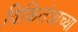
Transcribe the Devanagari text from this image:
विकितंत्राच्या